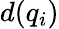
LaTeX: d(q_{i})